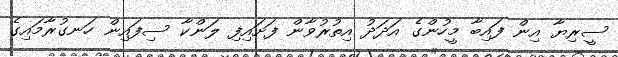
ސީރިޔާ އިން ފައިބާ މީހުންގެ އަދަދު އިތުރުވާން ފަށައިފި ލަންކާ ސިފައިން ހަނގުރާމައިގެ